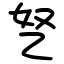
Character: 㐐